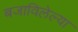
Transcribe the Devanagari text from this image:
बजाविलेल्या